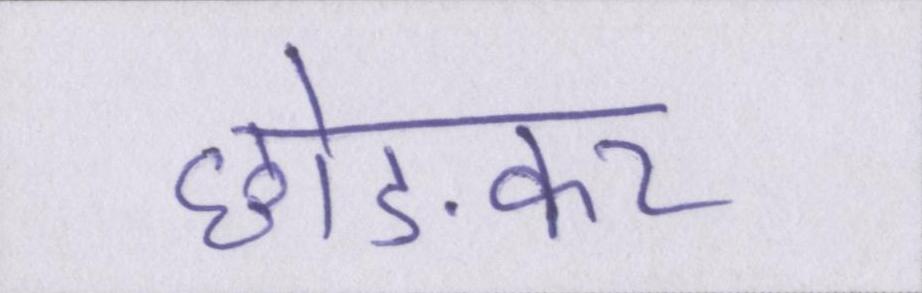
छोङकर